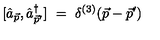
[ \hat { a } _ { \vec { p } } , \hat { a } _ { \vec { p } ^ { \prime } } ^ { \dag } ] \ = \ \delta ^ { ( 3 ) } ( \vec { p } - \vec { p } ^ { \prime } )